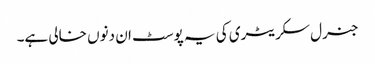
جنرل سکریٹری کی یہ پوسٹ ان دنوں خالی ہے۔